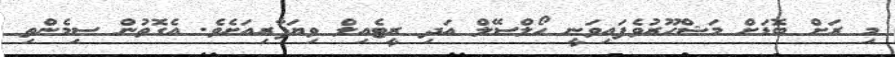
މި ރަށް ބޮޑަށް މަޝްހޫރުވެފައިވަނީ ހޯލްސޭލް އަދި ރީޓެއިލް ވިޔަފާރިއަށެވެ. އެގޮތުން ސިމެންތި